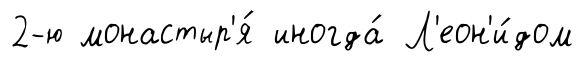
2-ю монастыр'я́ иногда́ Л'еон'и́дом